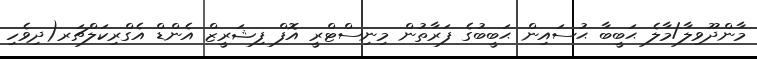
މާންދޫވިލާ/މާލެ ޙަބީބާ ޙުސައިން ޙަބީބުގެ ފަރާތުން މިނިސްޓްރީ އޮފް ފިޝަރީޒް އެންޑް އެގްރިކަލްޗަރ(ދިވެހި